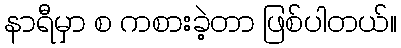
နာရီမှာ စ ကစားခဲ့တာ ဖြစ်ပါတယ်။